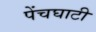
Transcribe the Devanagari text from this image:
पेंचघाटी